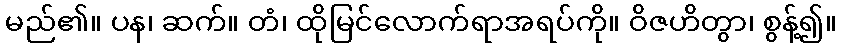
မည်၏။ ပန၊ ဆက်။ တံ၊ ထိုမြင်လောက်ရာအရပ်ကို။ ဝိဇဟိတွာ၊ စွန့်၍။